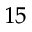
^ { 1 5 }